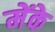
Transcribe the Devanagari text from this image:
मेंके